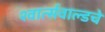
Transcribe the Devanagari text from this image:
श्वार्त्सवाल्डचे